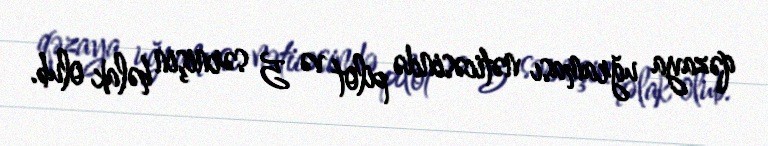
qəzaya uğraması nəticəsində pilot və 5 sərnişin həlak olub.